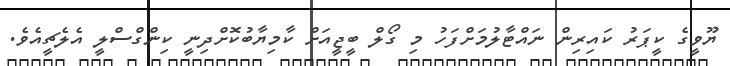
ޔޫވީގެ ކީޕަރު ކައިރިން ނައްޓާލުމަށްފަހު މި ގޯލް ބީޖީއަށް ކާމިޔާބުކޮށްދިނީ ކިންގްސްލީ އެލެޗީއެވެ.